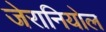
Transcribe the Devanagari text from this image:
जेरानियोल